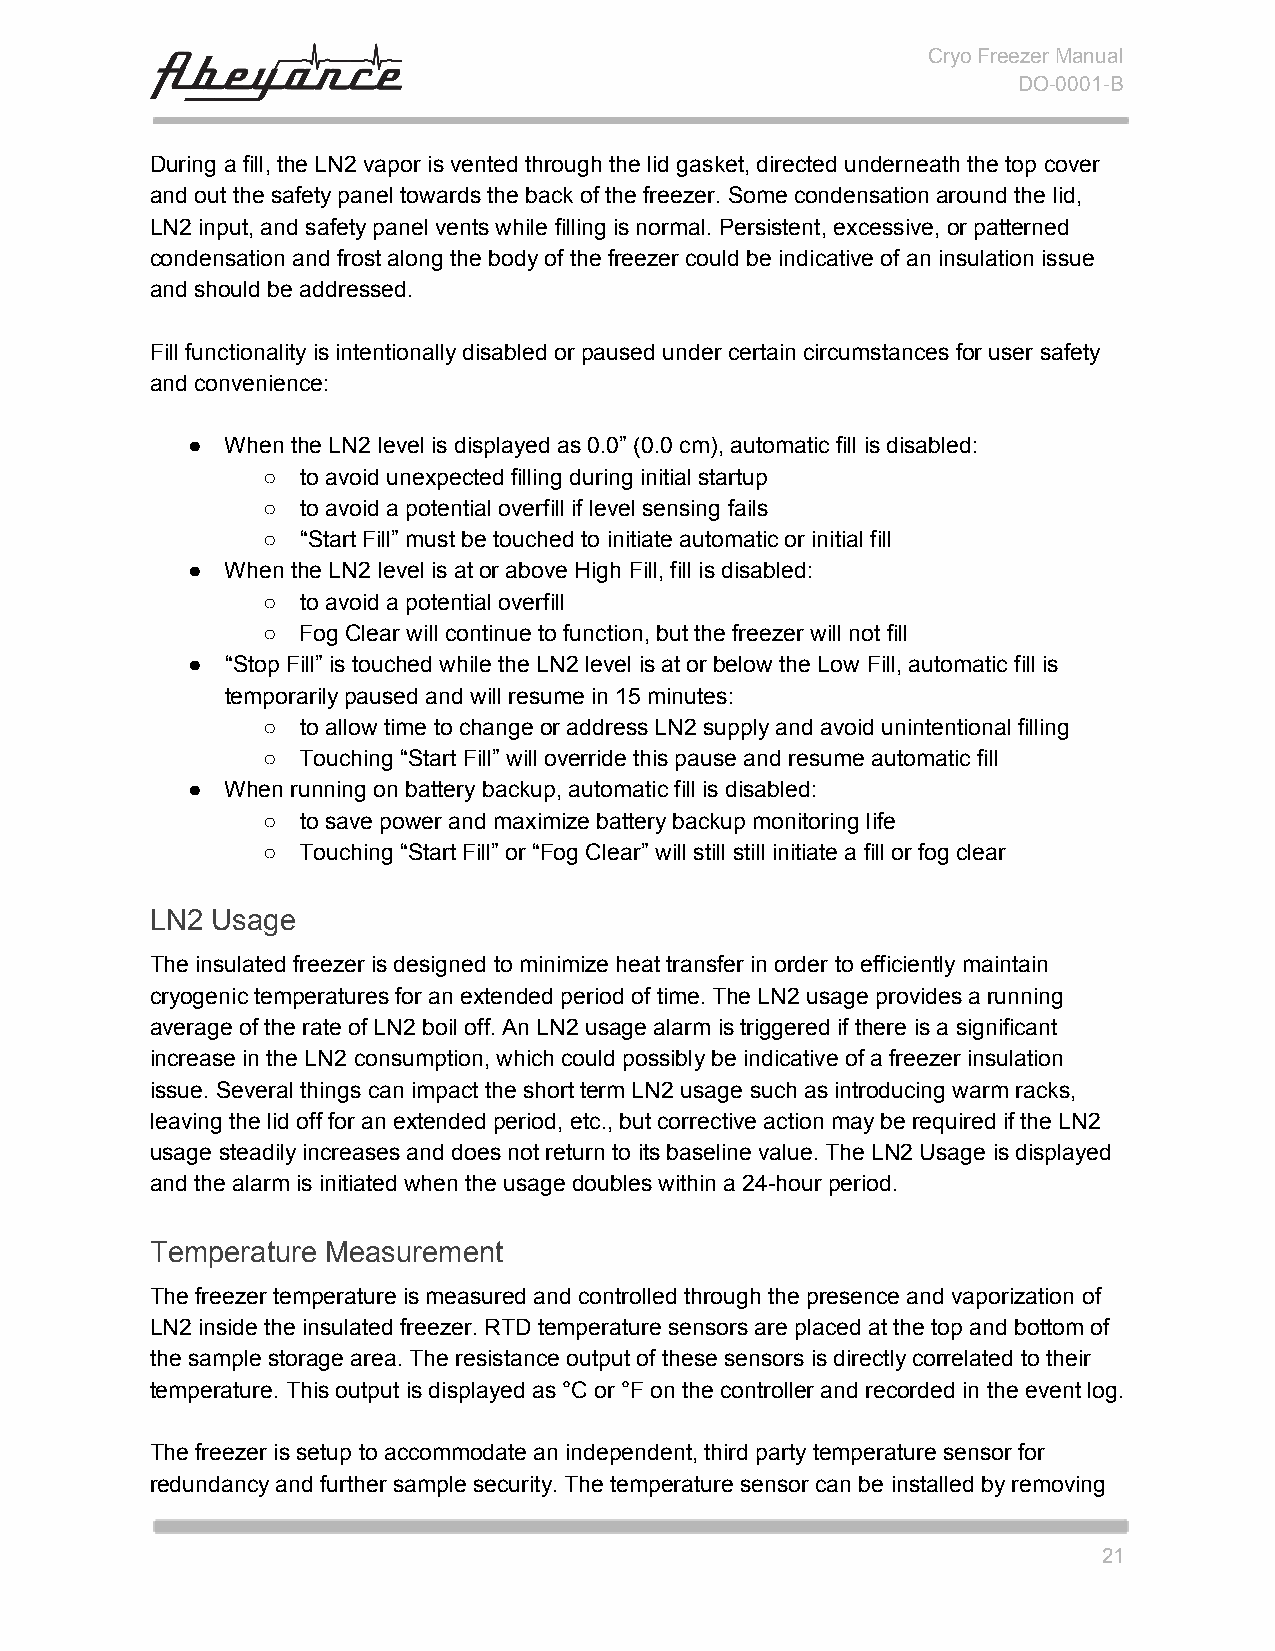
Cryo Freezer Manual
 DO-0001-B
 During a fill, the LN2 vapor is vented through the lid gasket, directed underneath the top cover
 and out the safety panel towards the back of the freezer. Some condensation around the lid,
 LN2 input, and safety panel vents while filling is normal. Persistent, excessive, or patterned
 condensation and frost along the body of the freezer could be indicative of an insulation issue
 and should be addressed.
 Fill functionality is intentionally disabled or paused under certain circumstances for user safety
 and convenience:
 ●  When the LN2 level is displayed as 0.0” (0.0 cm), automatic fill is disabled:
 ○  to avoid unexpected filling during initial startup
 ○  to avoid a potential overfill if level sensing fails
 ○  “Start Fill” must be touched to initiate automatic or initial fill
 ●  When the LN2 level is at or above High Fill, fill is disabled:
 ○  to avoid a potential overfill
 ○  Fog Clear will continue to function, but the freezer will not fill
 ●  “Stop Fill” is touched while the LN2 level is at or below the Low Fill, automatic fill is
 temporarily paused and will resume in 15 minutes:
 ○  to allow time to change or address LN2 supply and avoid unintentional filling
 ○  Touching “Start Fill” will override this pause and resume automatic fill
 ●  When running on battery backup, automatic fill is disabled:
 ○  to save power and maximize battery backup monitoring life
 ○  Touching “Start Fill” or “Fog Clear” will still still initiate a fill or fog clear
 LN2 Usage
 The insulated freezer is designed to minimize heat transfer in order to efficiently maintain
 cryogenic temperatures for an extended period of time. The LN2 usage provides a running
 average of the rate of LN2 boil off. An LN2 usage alarm is triggered if there is a significant
 increase in the LN2 consumption, which could possibly be indicative of a freezer insulation
 issue. Several things can impact the short term LN2 usage such as introducing warm racks,
 leaving the lid off for an extended period, etc., but corrective action may be required if the LN2
 usage steadily increases and does not return to its baseline value. The LN2 Usage is displayed
 and the alarm is initiated when the usage doubles within a 24-hour period.
 Temperature Measurement
 The freezer temperature is measured and controlled through the presence and vaporization of
 LN2 inside the insulated freezer. RTD temperature sensors are placed at the top and bottom of
 the sample storage area. The resistance output of these sensors is directly correlated to their
 temperature. This output is displayed as °C or °F on the controller and recorded in the event log.
 The freezer is setup to accommodate an independent, third party temperature sensor for
 redundancy and further sample security. The temperature sensor can be installed by removing
 21